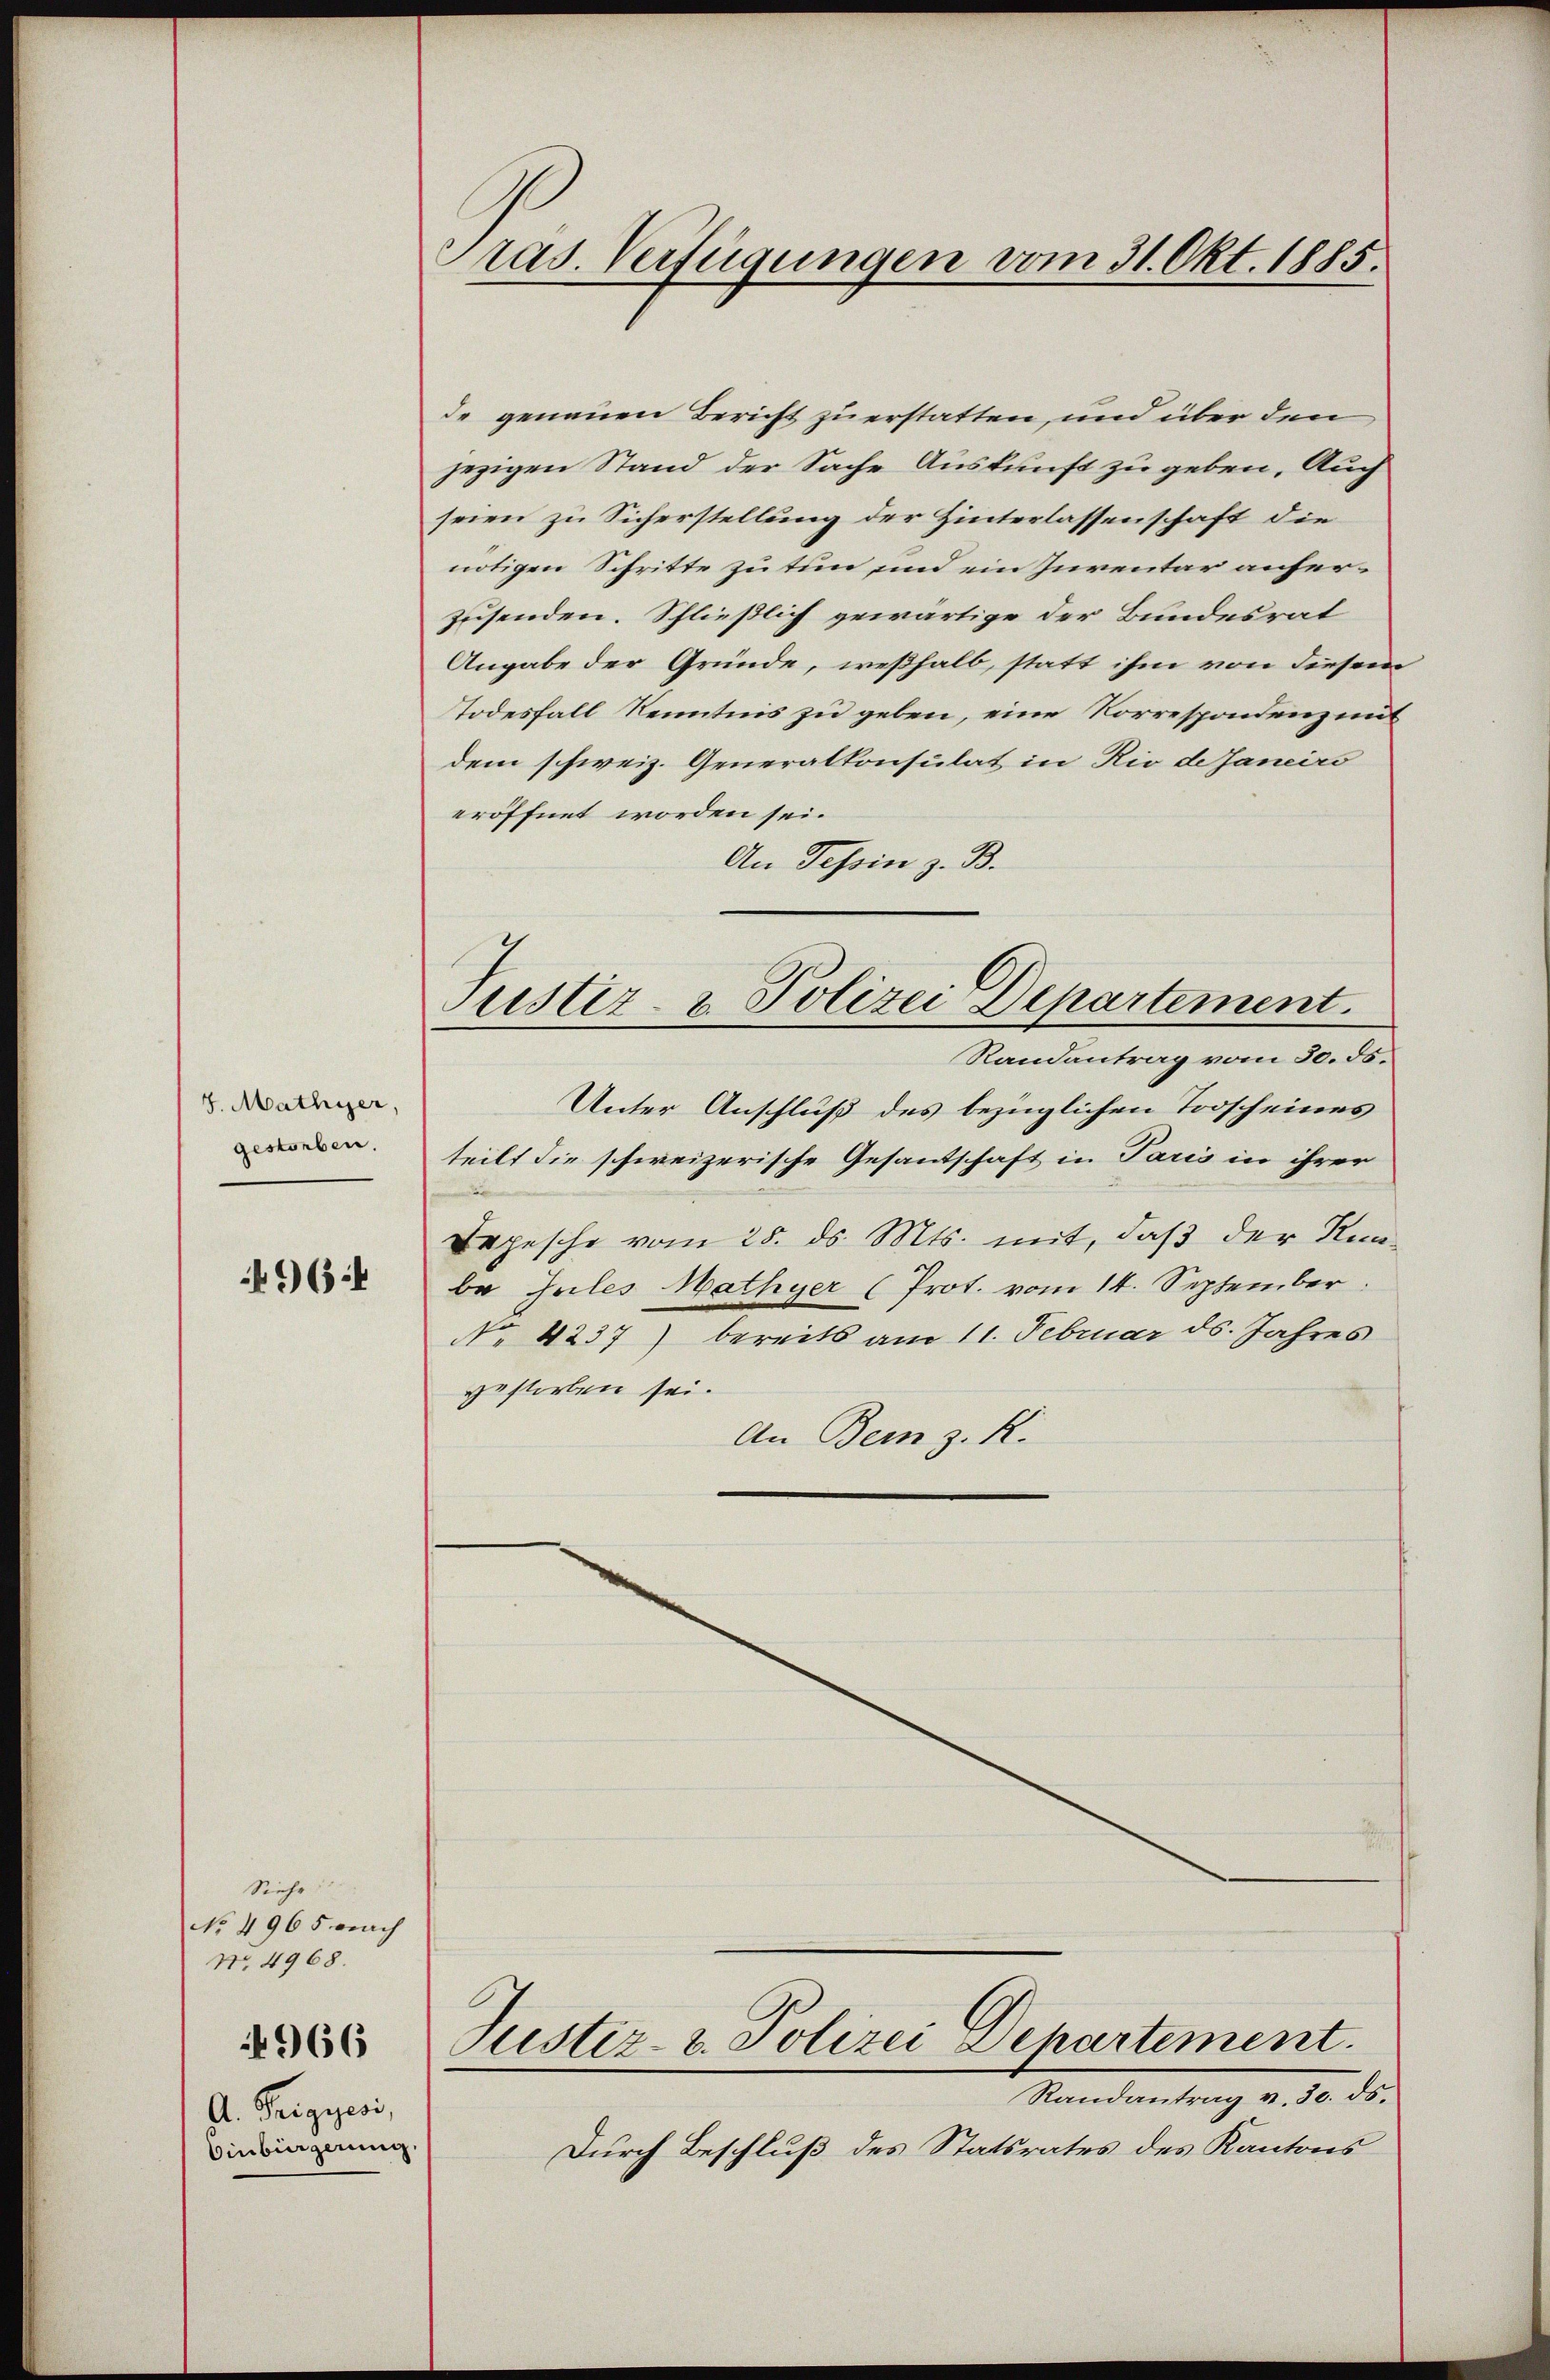
7. Mathyser,
gestorben.

496.

Siehe
No. 4965 nach
No. 4968.
966
A. Peigyesi,
Einbürgerung.

Präs. Verfügungen vom 31. Okt. 1885.

de genauen Bericht zu erstatten, und über den
jezigen Stand der Sache Auskunft zu geben. Auch
seien zu Sicherstellung der Hinterlassenschaft die
nötigen Schritte zu tun und ein Inventar anferzusenden. Schließlich gewärtige der Bundesrat
Angabe der Gründe, weßhalb, statt ihm von diesem
Todesfall Kenntnis zu geben, eine Korrespondenz mit
dem schweiz. Generalkonsulat in Rio de Janeirs
eröffnet worden sei.
An Tessin z. B.
Tustiz- & Polizei Departement.
Randantrag vom 30. ds.
Unter Anschluß des bezüglichen Todscheines
teilt die schweizerische Gesantschaft in Paris in ihrer
Depesche vom 25. ds. Mts. mit, daß der Kin-
ba Jules Mathyer (Prot. vom 14. September
No. 4237) bereits am 11. Februar ds. Jahres
gestorben sei.
An Bern z. K.

Justiz- & Polizei Departement.
Randantrag v. 30. ds.

Durch Beschluß des Statsrates des Kantons